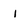
Character: 1